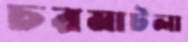
চরমাটলা